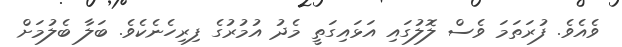
ވެއެވެ. ފުރަތަމަ ވެސް ލޮލުގައި އަޅައިގަތީ މެދު އުމުރުގެ ފިރިހެނެކެވެ. ބަލާ ބެލުމަށް